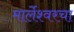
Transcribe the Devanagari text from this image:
मार्लेश्वरचा